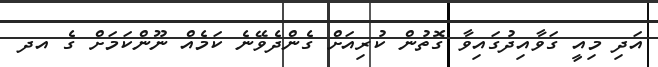
އަދި މިއީ ގަވާއިދުގައިވާ ގޮތުން ކުރިއަށް ގެންދެވޭނެ ކަމެއް ނޫންކަމަށް ގެ އދ